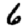
Digit: 6